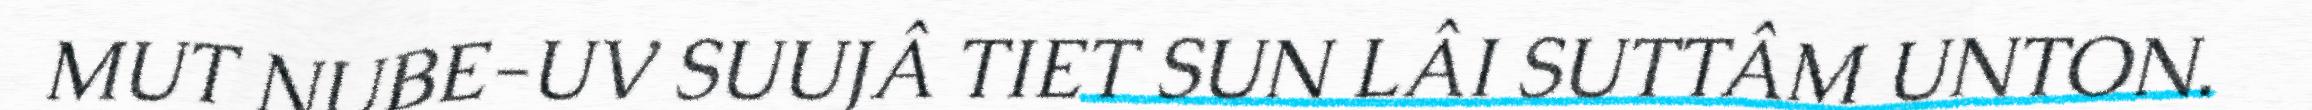
MUT NUBE-UV SUUJÂ TIET SUN LÂI SUTTÂM UNTON.